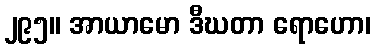
၂၉၅။ အာယာမော ဒီဃတာ ရောဟော၊